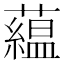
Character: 藴